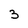
Character: 3